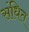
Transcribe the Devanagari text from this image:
संधित